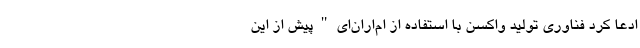
ادعا کرد فناوری تولید واکسن با استفاده از ام‌ار‌ان‌ای " پیش از این